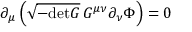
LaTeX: \partial _ { \mu } \left( \sqrt { - \mathrm { d e t } G } \, G ^ { \mu \nu } \partial _ { \nu } \Phi \right) = 0